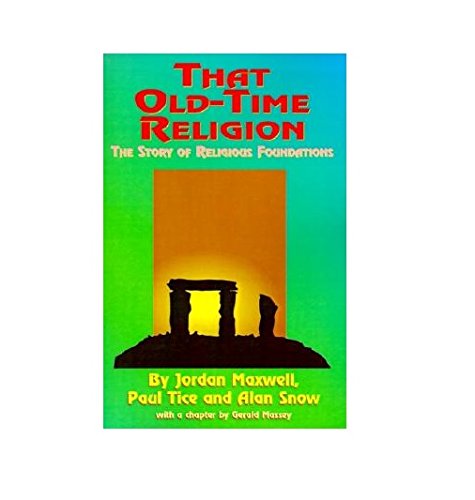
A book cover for That Old-Time Religion: The Story of Religious Foundations; Jordan Maxwell; Literature & Fiction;